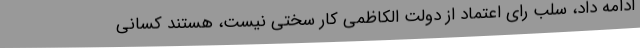
ادامه داد، سلب رای اعتماد از دولت الکاظمی کار سختی نیست، هستند کسانی